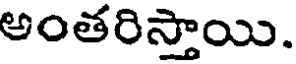
అంతరిస్తాయి.